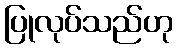
ပြုလုပ်သည်ဟု